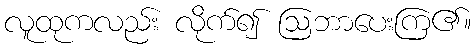
လူထုကလည်း လိုက်၍ ဩဘာပေးကြ၏။